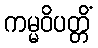
ကမ္မဝိပတ္တိံ